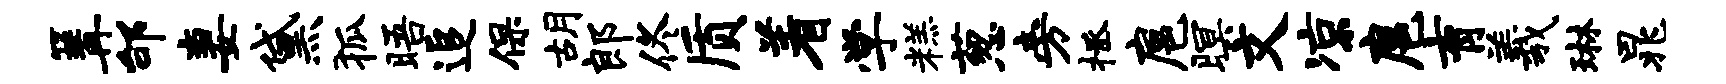
篝邰妻黛狐晤追保胡郎佟质着学糕葱旁拯扈暝文凉扈育羲琳晁